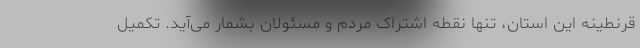
قرنطینه این استان، تنها نقطه اشتراک مردم و مسئولان بشمار می‌آید. تکمیل